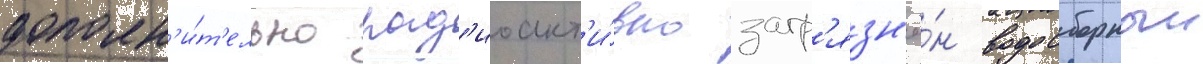
дополн'и́т'ельно рад'иоакт'и́вно загр'язн'ё́н водосборныи